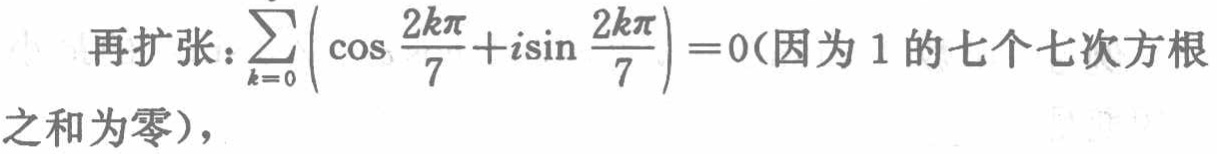
再扩张：\(\sum_{k = 0}^{6} \left(\cos\frac{2k\pi}{7} + i\sin\frac{2k\pi}{7}\right)=0\)（因为\(1\)的七个七次方根之和为零），